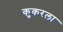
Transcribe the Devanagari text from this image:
कुकरला